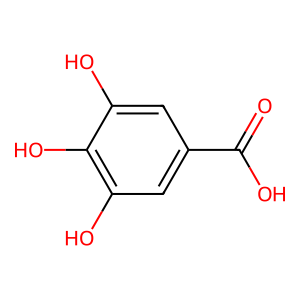
SMILES: O=C(O)c1cc(O)c(O)c(O)c1
Inhibits HIV replication: No